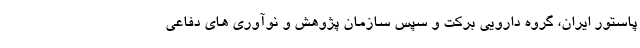
پاستور ایران، گروه دارویی برکت و سپس سازمان پژوهش و نوآوری های دفاعی